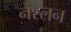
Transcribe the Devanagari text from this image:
नेश्लन